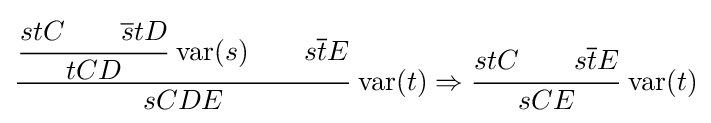
{\cfrac {{\cfrac {stC\qquad {\overline {s}}tD}{tCD}}\,\operatorname {var} (s)\qquad s{\overline {t}}E}{sCDE}}\,\operatorname {var} (t)\Rightarrow {\cfrac {stC\qquad s{\overline {t}}E}{sCE}}\,\operatorname {var} (t)